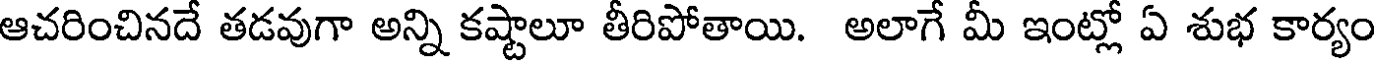
ఆచరించినదే తడవుగా అన్ని కష్టాలూ తీరిపోతాయి. అలాగే మీ ఇంట్లో ఏ శుభ కార్యం